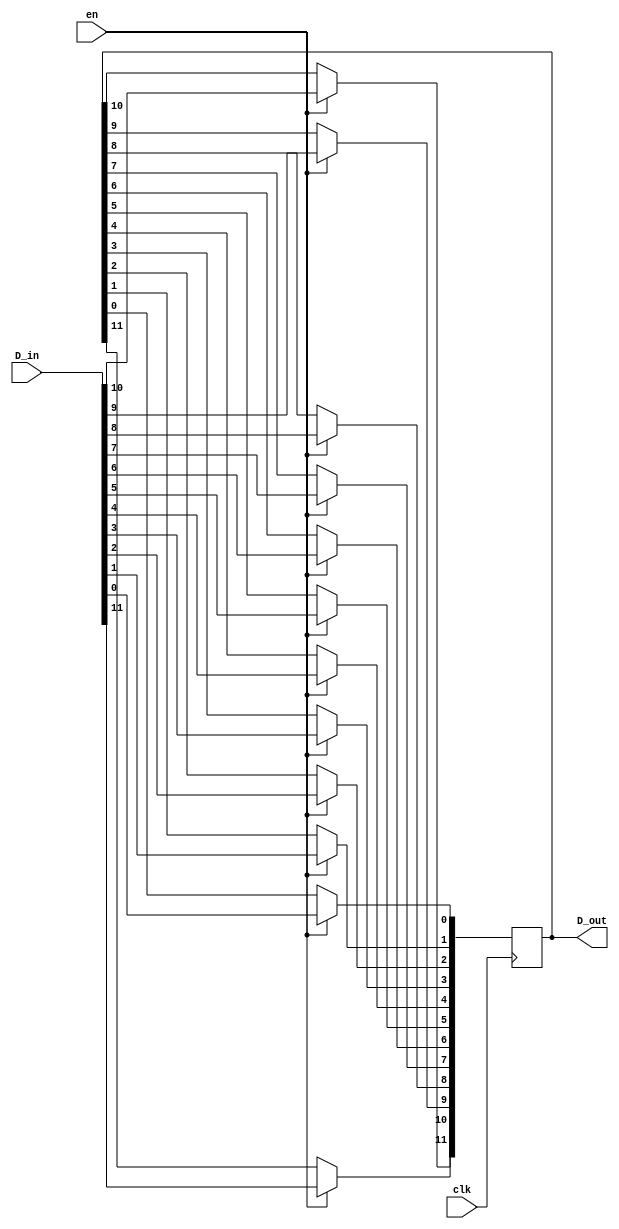
`timescale 1ns / 1ps
module test_12bits(
input [11:0] D_in, // Data input
input clk, // clock input
input en,
output reg [11:0] D_out); // output Q
integer i;

always @(posedge clk)
begin
if(en) begin

	for (i=0; i<12; i=i+1)
		D_out[i]<= D_in[i];

	end
end
endmodule